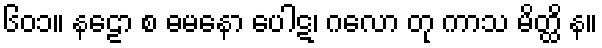
၆၀၁။ နဠော စ ဓမနော ပေါဋ၊ ဂလော တု ကာသ မိတ္ထိ န။